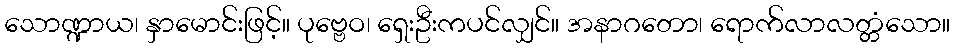
သောဏ္ဍာယ၊ နှာမောင်းဖြင့်။ ပုဗ္ဗေဝ၊ ရှေးဦးကပင်လျှင်။ အနာဂတော၊ ရောက်လာလတ္တံသော။